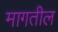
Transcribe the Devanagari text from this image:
मागतील